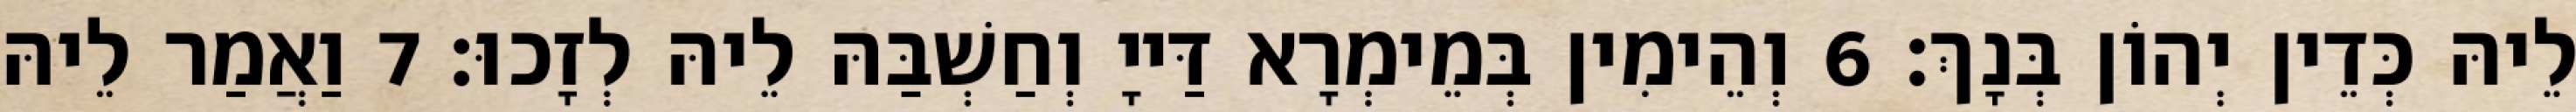
לֵיהּ כְּדֵין יְהוֹן בְּנָךְ׃ 6 וְהֵימִין בְּמֵימְרָא דַּייָ וְחַשְׁבַּהּ לֵיהּ לְזָכוּ׃ 7 וַאֲמַר לֵיהּ